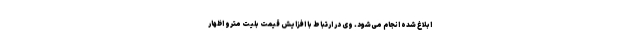
ابلاغ شده انجام می‌شود. وی در ارتباط با افزایش قیمت بلیت مترو اظهار